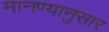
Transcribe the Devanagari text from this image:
मानण्यानुसार